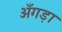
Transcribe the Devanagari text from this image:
अँगड़ा